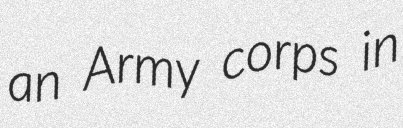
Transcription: an Army corps in